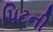
પિટની